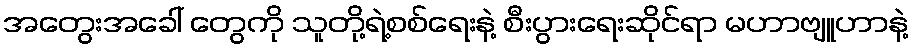
အတွေးအခေါ် တွေကို သူတို့ရဲ့စစ်ရေးနဲ့ စီးပွားရေးဆိုင်ရာ မဟာဗျူဟာနဲ့